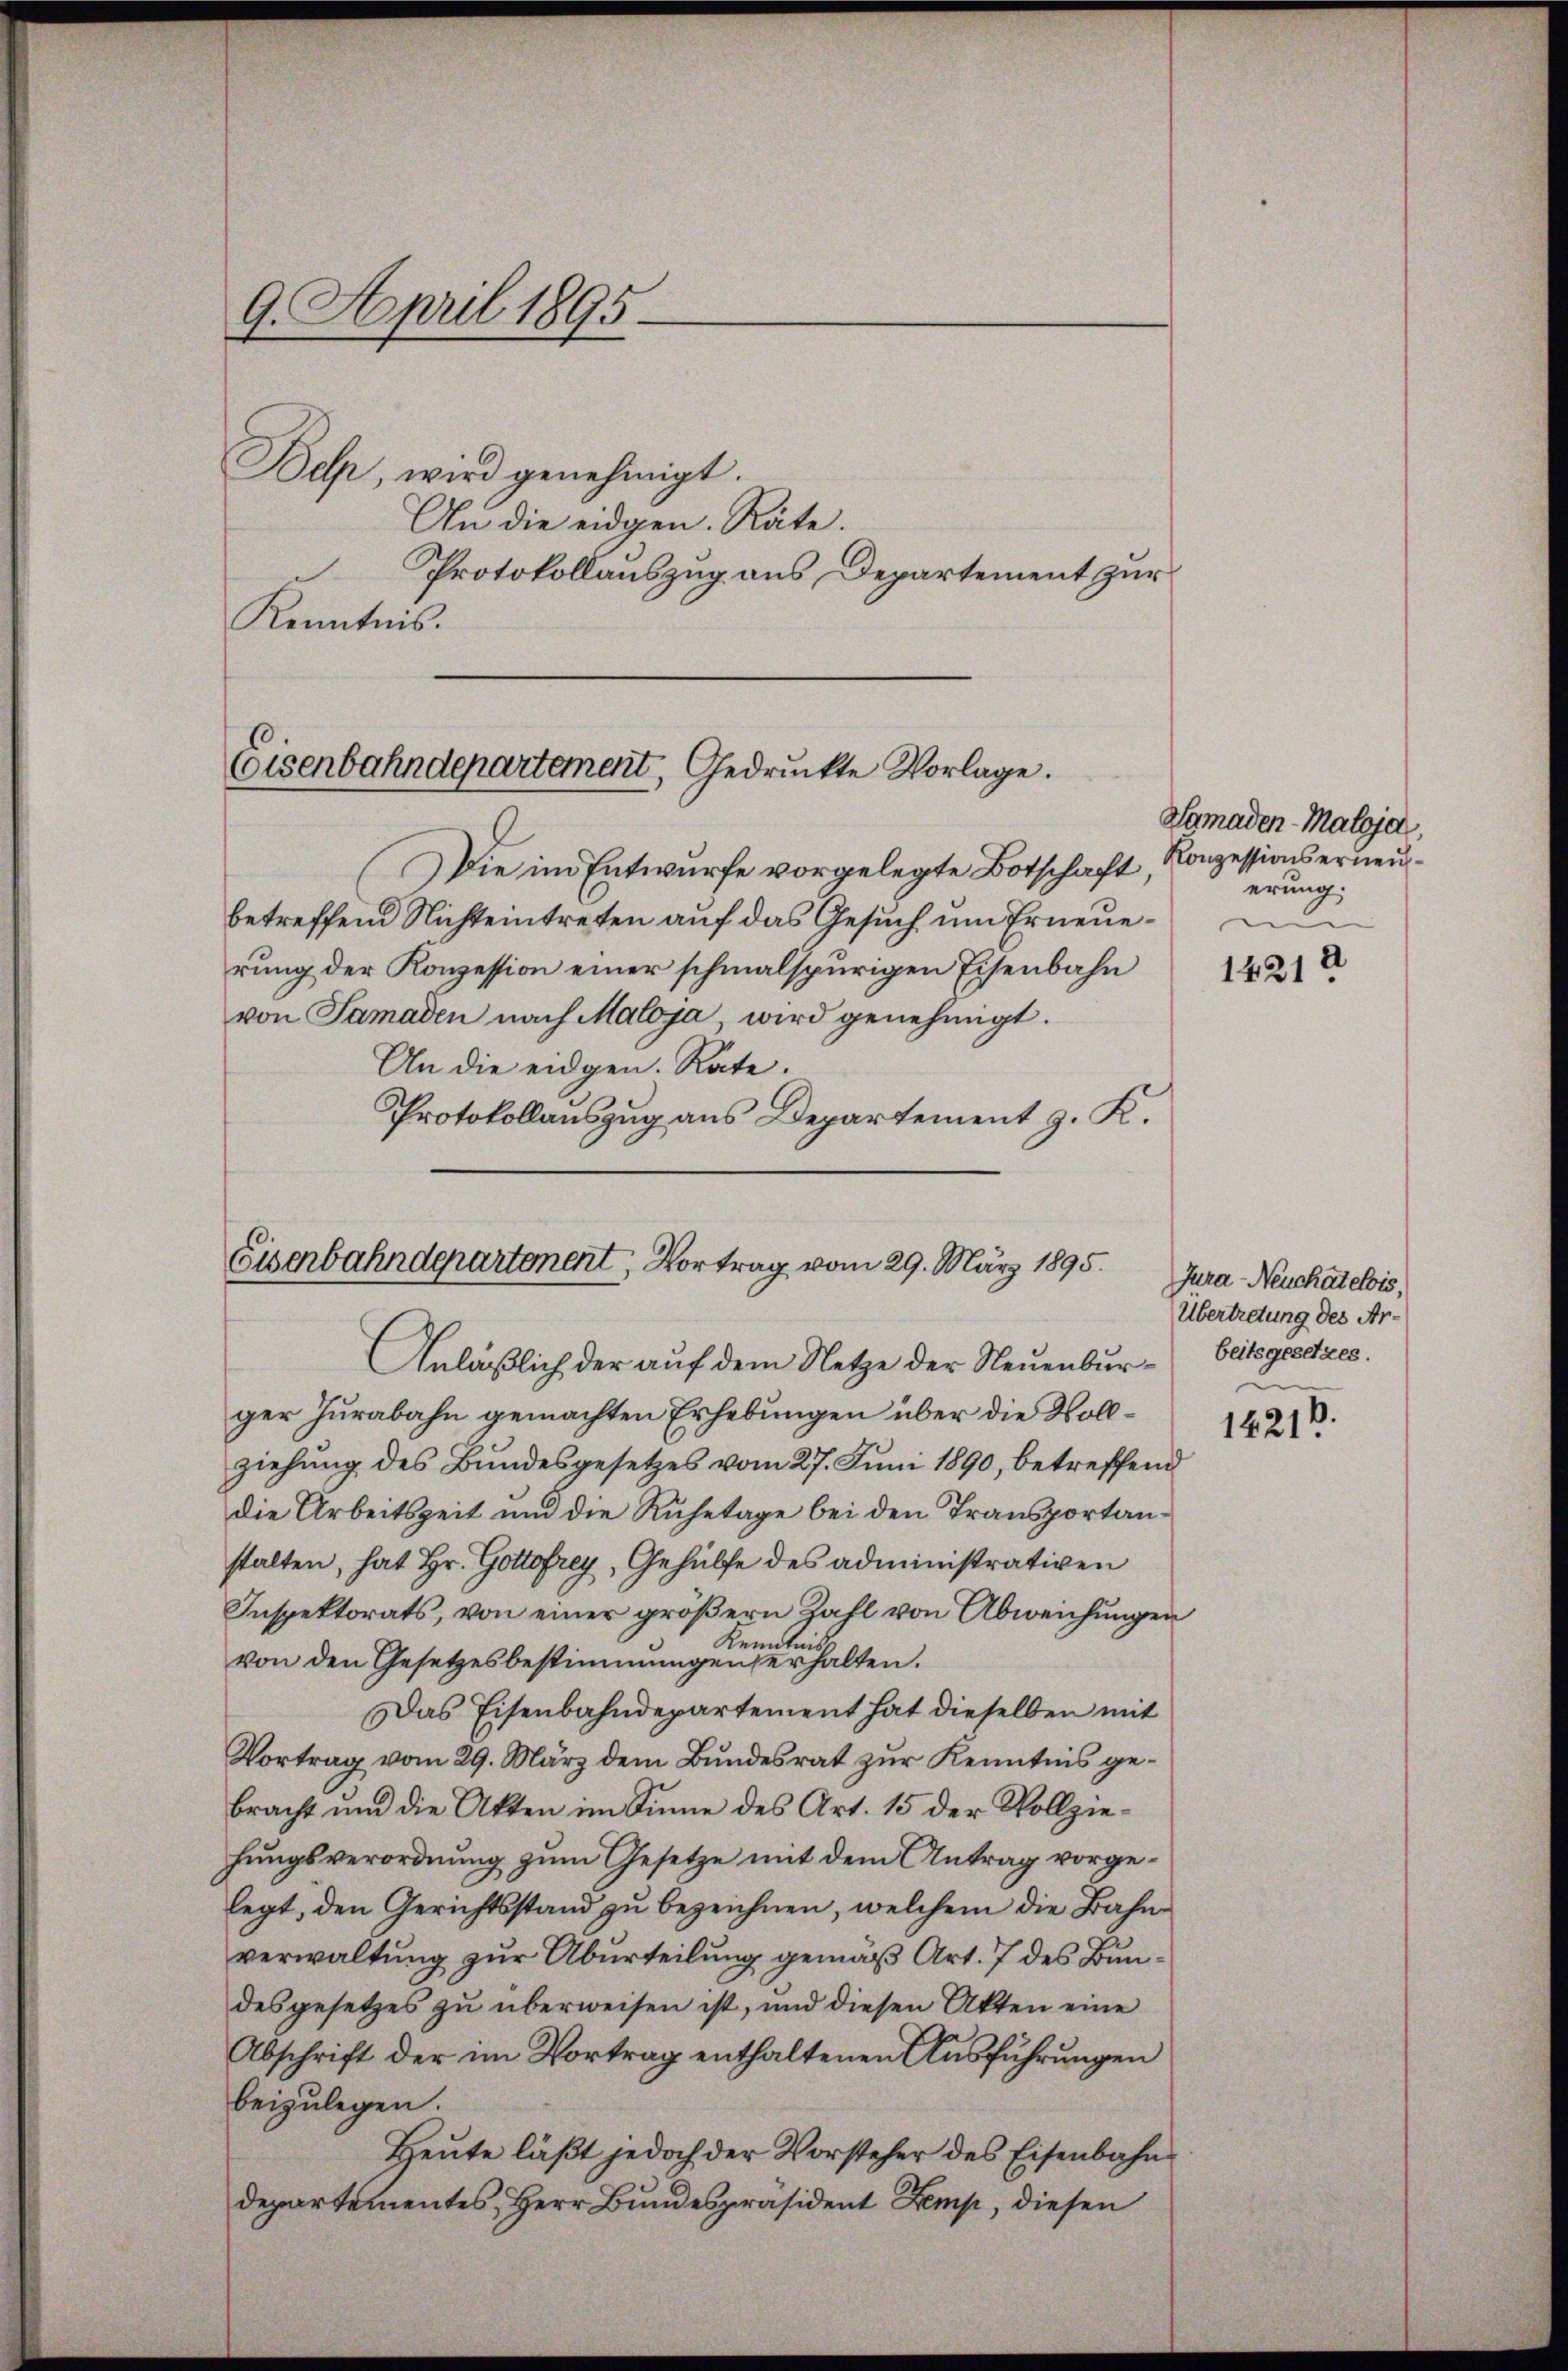
9. April 1895.
Bel, wird genehmigt.
An die eidgen. Räte.
Kenntnis.

Protokollauszug aus Departement zur

Eisenbahndepartement, Gedruckte Vorlage.

Die im Entwurfe vorgelegte Botschaft,
betreffend Nichteintreten auf das Gesuch um Erneuerung der Konzession einer schmalspurigen Eisenbahn
von Samaden nach Maloja, wird genehmigt.
An die eidgen. Rate.
Protokollauszug aus Departement z. K.

Eiserbahndepartonent, Vortrag vom 29. März 1895.
Anläßlich der auf dem Netze der Neuenbur¬

ger Jurabahn gemachten Erhebungen über die Vollziehung des Bundesgesetzes vom 27. Juni 1890, betreffend
die Arbeitszeit und die Ruhetage bei den Transportanstalten, hat Hr. Gottofrey, Gehülfe des administrativen
Inspektorats, von einer größern Zahl von Abweichungen
Kenntnis,
von den Gesetzesbestimmungen erhalten.
Das Eisenbahndepartement hat dieselben mit
Vortrag vom 29. März dem Bundesrat zur Kenntnis gebracht und die Akten im Sinne des Art. 15 der Vollziehungsverordnung zum Gesetze mit dem Antrag vorgelegt, den Gerichtsstand zu bezeichnen, welchem die Bahnverwaltung zur Aburteilung gemäß Art. 7 des Bundesgesetzes zu überweisen ist, und diesen Akten eine
Abschrift der im Vortrag enthaltenen Ausführungen
beizulegen.
Heute läßt jedoch der Vorsteher des Eisenbahn
departementes, Herr Bundespräsident Kemp, diesen

Samaden-Maloja,
Konzessionserneuerung.

2
1421:

Jura-Neuchatelois,
Übertretung des Arbeitsgesetzes.

14211